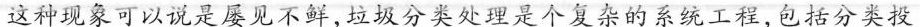
这种现象可以说是屡见不鲜，垃圾分类处理是个复杂的系统工程，包括分类投放分类收集、分类运输、分类处理，各个环节必须配套衔接，才能高效运行。